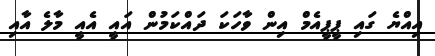
އިއްޔެ ގައި ޕީޕީއެމް އިން ވާހަކަ ދައްކަމުން އައީ އެއީ މާލެ އާއި